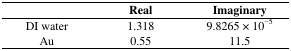
<table><thead><tr><td></td><td><b>Real</b></td><td><b>Imaginary</b></td></tr></thead><tbody><tr><td>DI water</td><td>1.318</td><td>9.8265 × 10<sup>−5</sup></td></tr><tr><td>Au</td><td>0.55</td><td>11.5</td></tr></tbody></table>